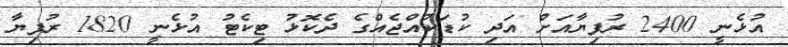
އުޅެނީ 2400 ރުފިޔާއަށް އަދި ކުޑަކުއްޖެއްގެ ދެކޮޅު ޓިކެޓު އުޅެނީ 1820 ރުފިޔާ